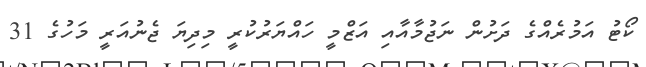
ކޯޓު އަމުރެއްގެ ދަށުން ނަޖުމާއާއި އަޒްމީ ހައްޔަރުކުރީ މިދިޔަ ޖެނުއަރީ މަހުގެ 31